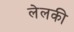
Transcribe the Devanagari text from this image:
लेलकी